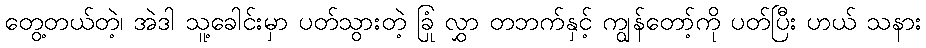
တွေ့တယ်တဲ့၊ အဲဒါ သူ့ခေါင်းမှာ ပတ်သွားတဲ့ ခြုံ လွှာ တဘက်နှင့် ကျွန်တော့်ကို ပတ်ပြီး ဟယ် သနား